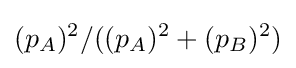
(p_{A})^{2}/((p_{A})^{2}+(p_{B})^{2})